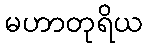
မဟာတုရိယ